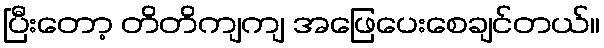
ပြီးတော့ တိတိကျကျ အဖြေပေးစေချင်တယ်။